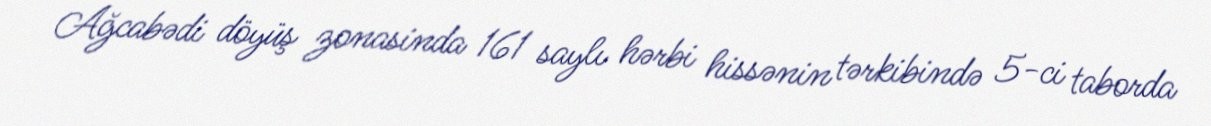
Ağcabədi döyüş zonasinda 161 saylı hərbi hissənin tərkibində 5-ci taborda